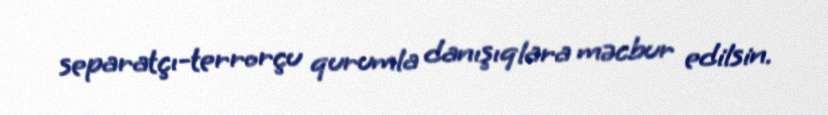
separatçı-terrorçu qurumla danışıqlara məcbur edilsin.